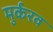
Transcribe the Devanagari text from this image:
मुर्करव